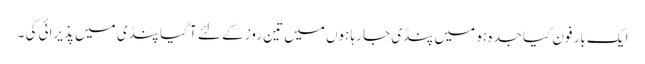
ایک بار فون کیا جدہ ہو میں پنڈی جا رہا ہوں میں تین روز کے لئے آ گیا پنڈی میں پذیرائی کی ۔